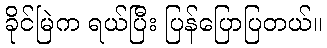
ခိုင်မြဲက ရယ်ပြီး ပြန်ပြောပြတယ်။